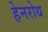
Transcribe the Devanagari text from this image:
हेनरोथ